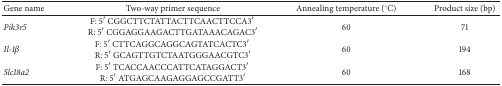
| Gene name | Two-way primer sequence | Annealing temperature (°C) | Product size (bp) |
 | --- | --- | --- | --- |
 | Pik3r5 | F: 5′ CGGCTTCTATTACTTCAACTTCCA3′R: 5′ CGGAGGAAGACTTGATAAACAGAC3′ | 60 | 71 |
 | Il-1β | F: 5′ CTTCAGGCAGGCAGTATCACTC3′R: 5′ GCAGTTGTCTAATGGGAACGTC3′ | 60 | 194 |
 | Slc18a2 | F: 5′ TCACCAACCCATTCATAGGACT3′R: 5′ ATGAGCAAGAGGAGCCGATT3′ | 60 | 168 |